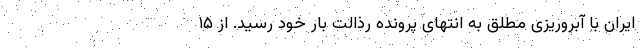
ایران با آبروریزی مطلق به انتهای پرونده رذالت بار خود رسید. از ۱۵